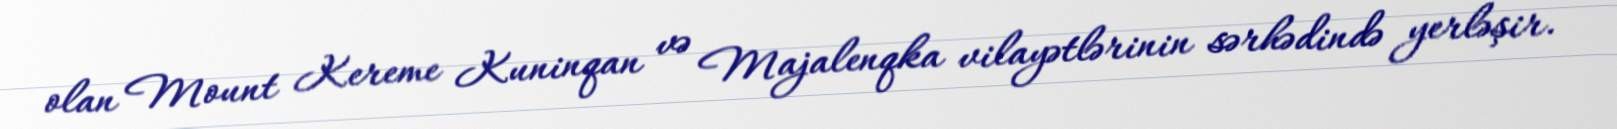
olan Mount Kereme Kuninqan və Majalenqka vilayətlərinin sərhədində yerləşir.